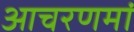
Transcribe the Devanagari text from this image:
आचरणमां